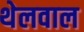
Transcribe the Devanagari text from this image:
थेलवाल